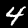
Digit: 4